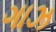
ગાઝ